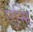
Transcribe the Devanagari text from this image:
एसि